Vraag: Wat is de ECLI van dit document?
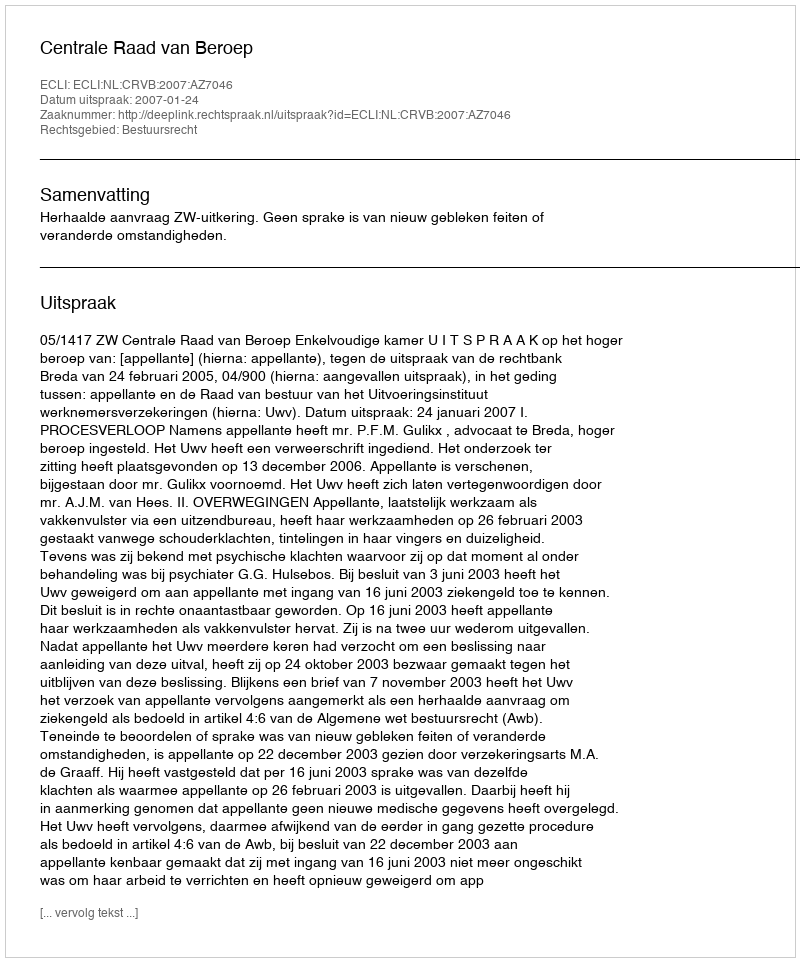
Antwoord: ECLI:NL:CRVB:2007:AZ7046